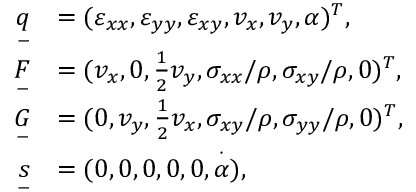
\begin{array} { r l } { \underset { - } { q } } & { = ( \varepsilon _ { x x } , \varepsilon _ { y y } , \varepsilon _ { x y } , v _ { x } , v _ { y } , \alpha ) ^ { T } , } \\ { \underset { - } { F } } & { = ( v _ { x } , 0 , \frac { 1 } { 2 } v _ { y } , \sigma _ { x x } / \rho , \sigma _ { x y } / \rho , 0 ) ^ { T } , } \\ { \underset { - } { G } } & { = ( 0 , v _ { y } , \frac { 1 } { 2 } v _ { x } , \sigma _ { x y } / \rho , \sigma _ { y y } / \rho , 0 ) ^ { T } , } \\ { \underset { - } { s } } & { = ( 0 , 0 , 0 , 0 , 0 , \overset { \cdot } { \alpha } ) , } \end{array}